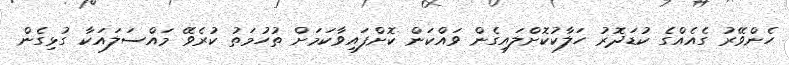
ހެންވޭރު ގެއެއްގެ ކުޑަދޮރު ހަލާކުކޮށްލައިގެން ވައްކަން ކޮށްފައިވާކަމަށް ތުހުމަތު ކުރެވޭ މައްސަލައަކާ ގުޅިގެން